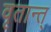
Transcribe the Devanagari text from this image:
वृतान्त्